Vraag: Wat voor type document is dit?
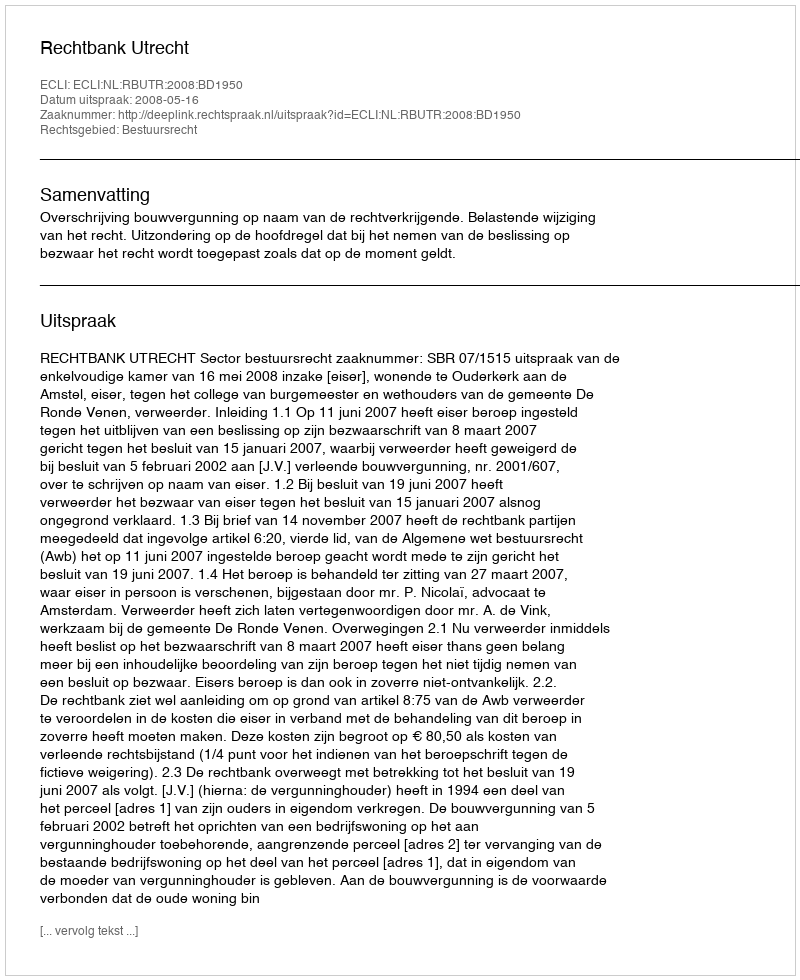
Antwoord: Uitspraak